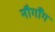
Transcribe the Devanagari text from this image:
नौगाँग